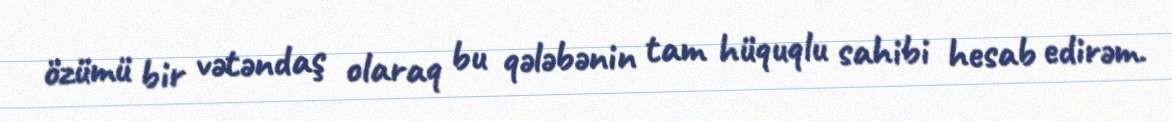
özümü bir vətəndaş olaraq bu qələbənin tam hüquqlu sahibi hesab edirəm.